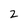
Character: 2